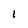
Character: I